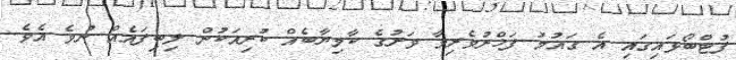
ފުޓްބޯޅައިގައި އެ ގައުމު ފަޚްރުވެރިވާ ވަރުގެ ކާމިޔާބެއް ކުރިއަކުން ލިބިފައެއް ނުވެ އެވެ.